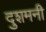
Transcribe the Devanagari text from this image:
दुशमनी